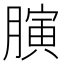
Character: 𦟘